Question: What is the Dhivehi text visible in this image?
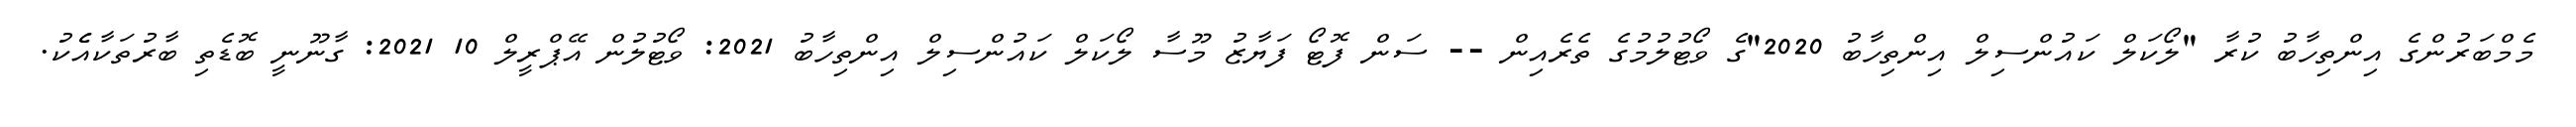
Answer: މެމްބަރުންގެ އިންތިހާބު ކުރާ "ލޯކަލް ކައުންސިލް އިންތިހާބު 2020"ގެ ވޯޓުލުމުގެ ތެރެއިން -- ސަން ފޮޓޯ ފަޔާޒު މޫސާ ލޯކަލް ކައުންސިލް އިންތިހާބު 2021: ވޯޓުލުން އޭޕްރީލް 10 2021: ގާނޫނީ ބޮޑެތި ބާރުތަކާއެެކު.